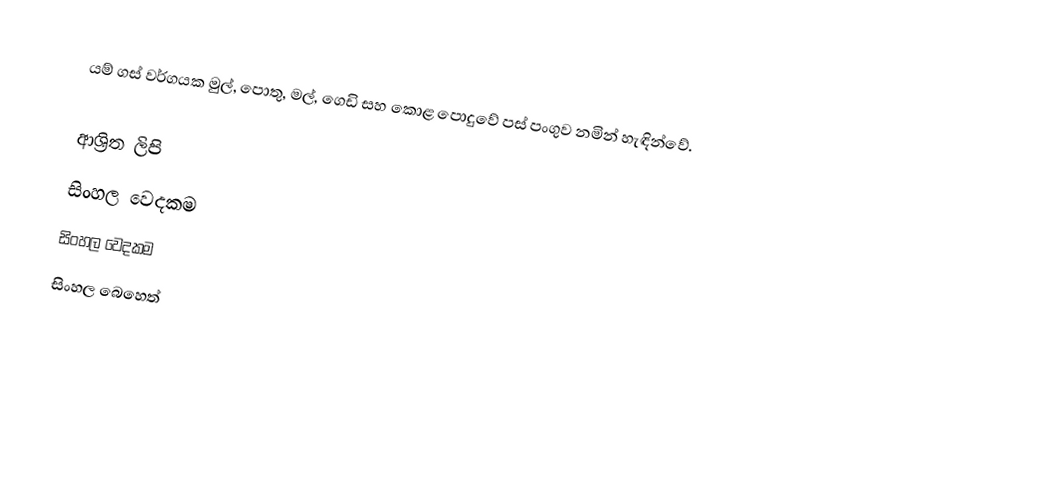
යම් ගස් වර්ගයක මුල්, පොතු, මල්, ගෙඩි සහ කොළ පොදුවේ පස් පංගුව නමින් හැඳින්වේ.

ආශ්‍රිත ලිපි
 සිංහල වෙදකම
සිංහල වෙදකම
සිංහල බෙහෙත්